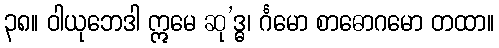
၃၈။ ဝါယုဘေဒါ ဣမေ ဆု’ဒ္ဓ၊ င်္ဂမော စာဓောဂမော တထာ။